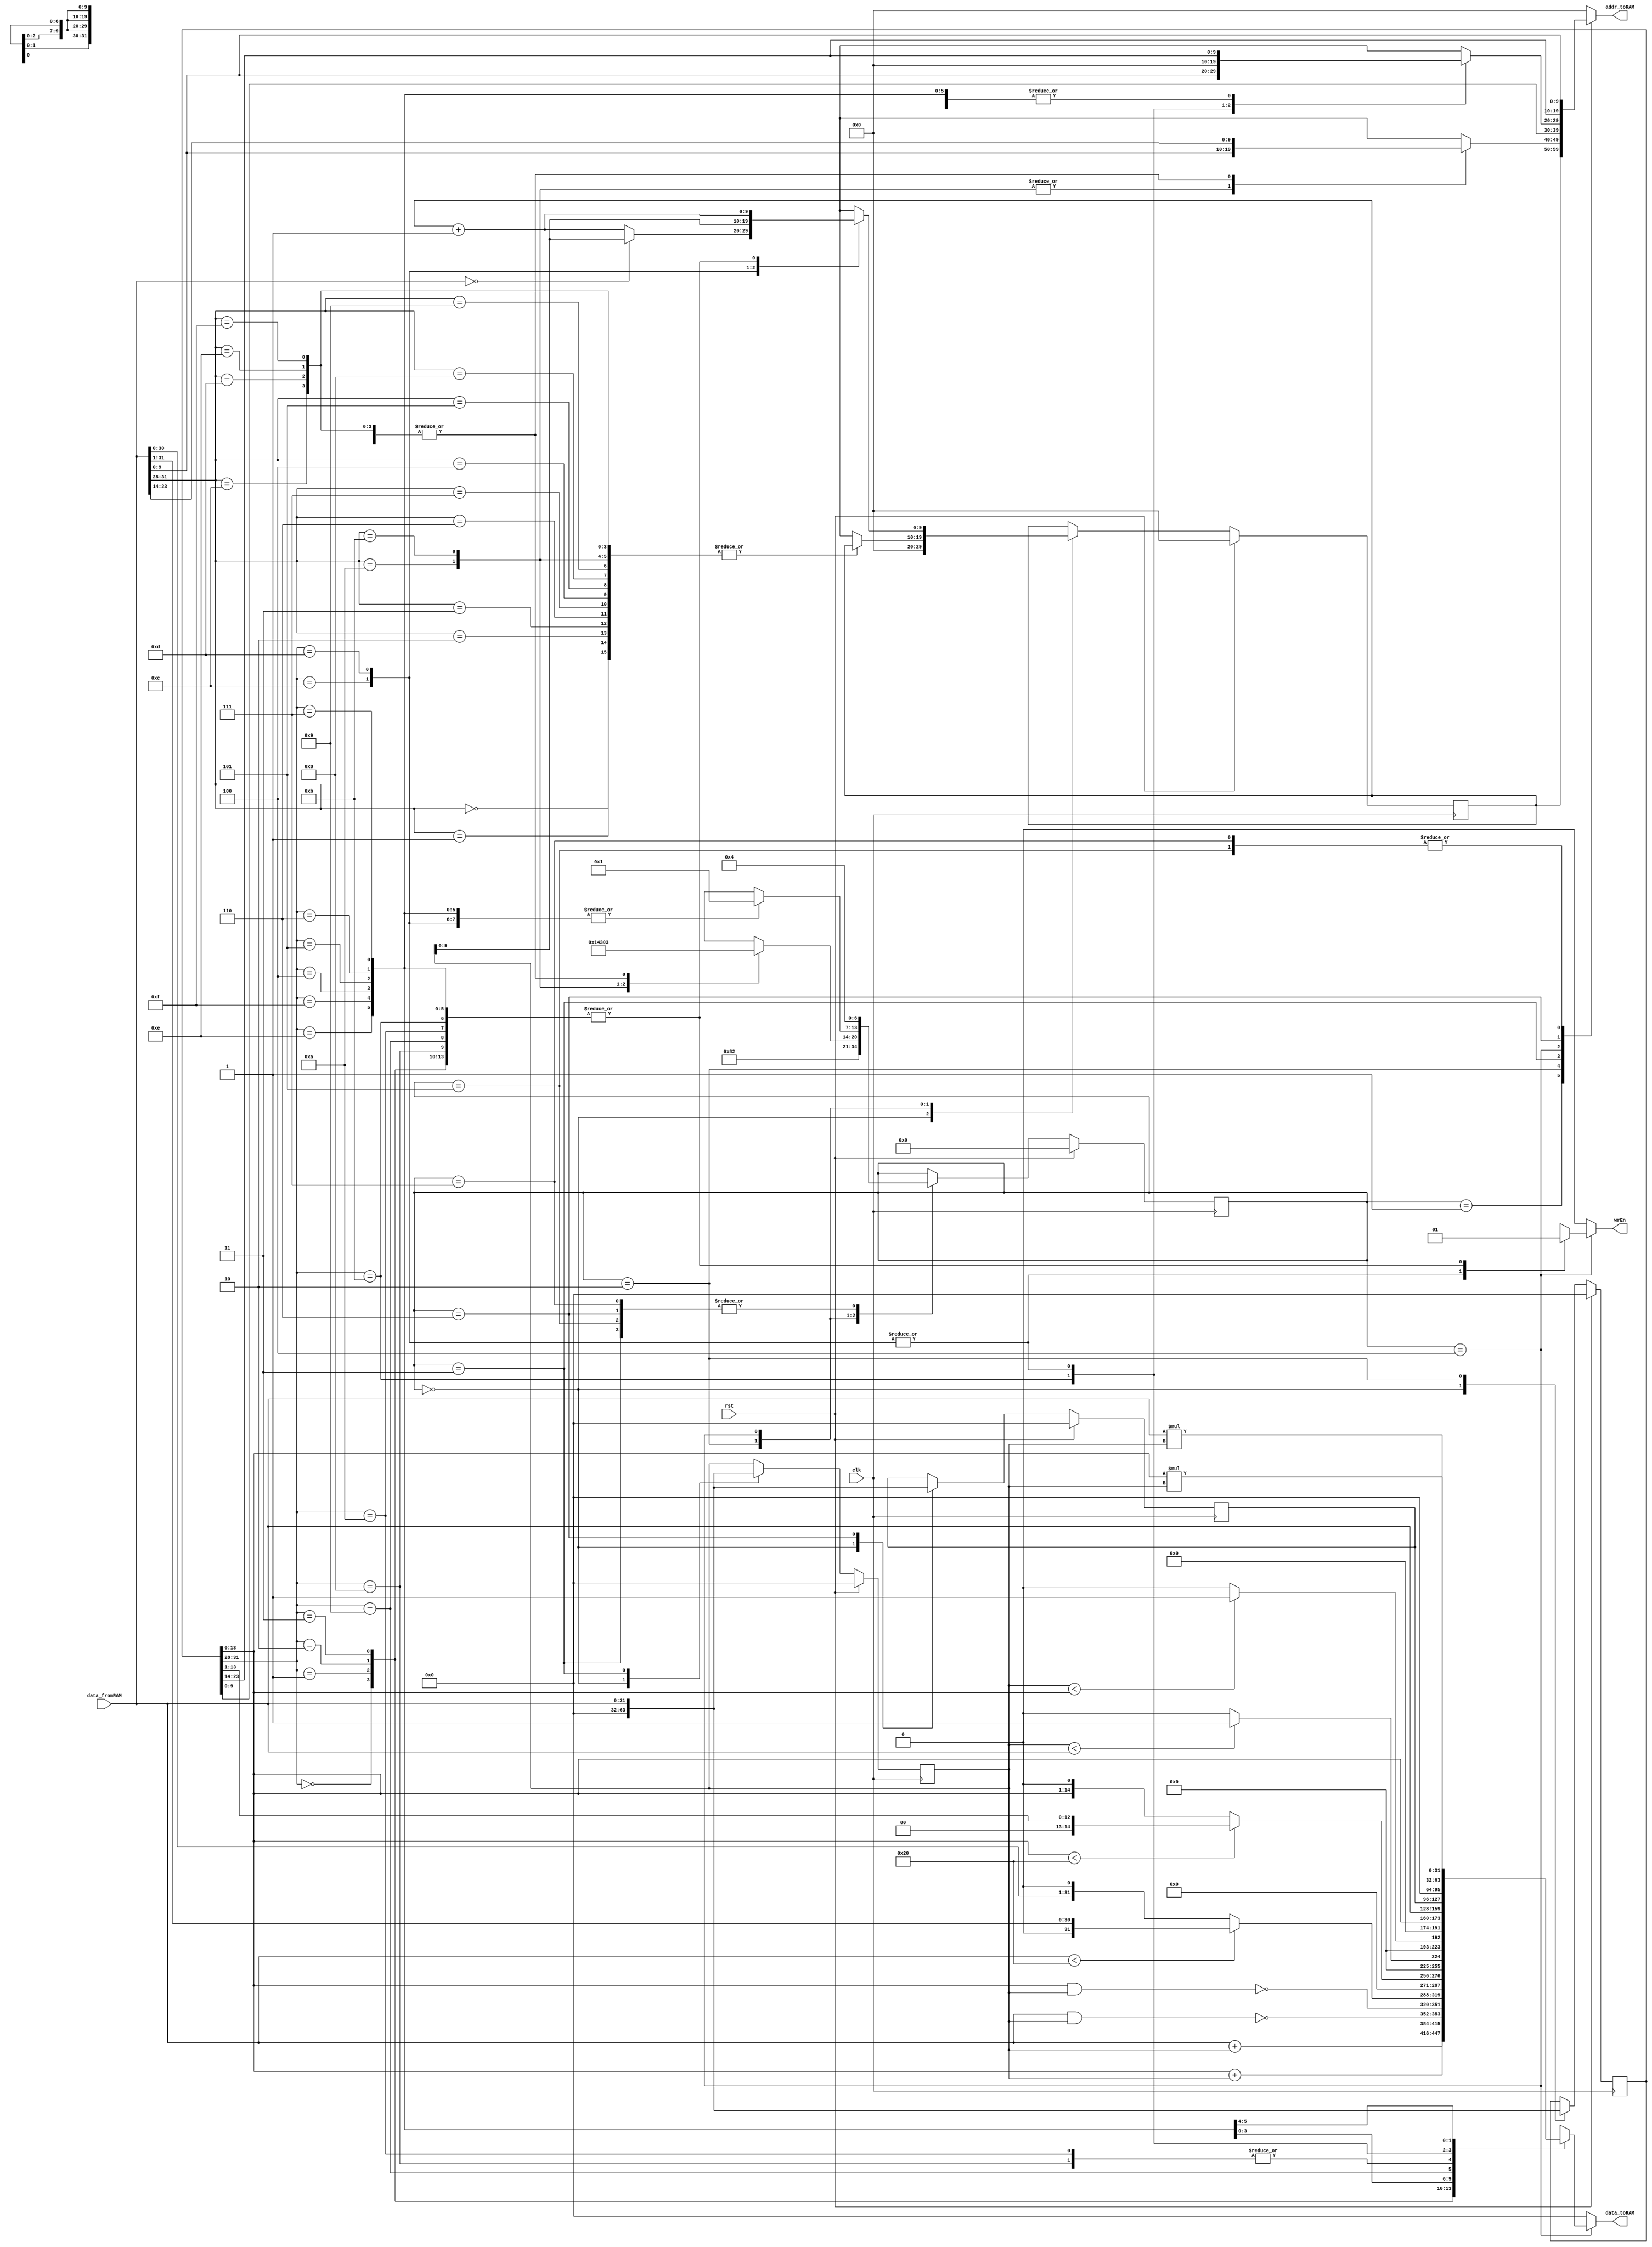

module SimpleCPU(clk, rst, data_fromRAM, wrEn, addr_toRAM, data_toRAM);

parameter SIZE = 10;

input clk, rst;
input wire [31:0] data_fromRAM;
output reg wrEn;
output reg [SIZE-1:0] addr_toRAM;
output reg [31:0] data_toRAM;

//////////////////////////
// write your design here
reg [6:0] state_current, state_next;
reg [SIZE-1:0] pc_current, pc_next; //program counter
reg [31:0] iw_current, iw_next; //instruction word
reg [31:0] r1_current, r1_next;
reg [31:0] r2_current, r2_next;

//controller state machine
always@(posedge clk) begin
	if(rst) begin
		state_current <= 0;
		pc_current <= 10'b0;
		iw_current <= 32'b0;
		r1_current <= 32'b0;
		r2_current <= 32'b0;
	end		
	else begin
		state_current <= state_next;
		pc_current <= pc_next;
		iw_current <= iw_next;
		r1_current <= r1_next;
		r2_current <= r2_next;
	end
end

always@(*) begin
	state_next						 = state_current;
	pc_next							 = pc_current;
	iw_next							 = iw_current;
	r1_next							 = r1_current;
	r2_next							 = r2_current;
	wrEn								 = 0;
	addr_toRAM						 = 0;
	data_toRAM						 = 0;
	case(state_current)
		0: begin
			pc_next					 = 0;
			iw_next					 = 0;
			r1_next					 = 0;
			r2_next					 = 0;
			state_next				 = 1;
		end
		1: begin //inst reading
			addr_toRAM				 = pc_current;
			state_next			 	 = 2;
		end
		2: begin //inst decoding and sending the addr of the first operand
			iw_next = data_fromRAM;
			case (data_fromRAM[31:28])
				{3'b000, 1'b0}: begin//ADD
					addr_toRAM		 = data_fromRAM[27:14];
					state_next		 = 3;
				end
				
				{3'b000, 1'b1}: begin//ADDi
					addr_toRAM		 = data_fromRAM[27:14];
					state_next		 = 3;
				end
				
				{3'b001, 1'b0}: begin//NAND
					addr_toRAM		 = data_fromRAM[27:14];
					state_next		 = 3;
				end
				
				{3'b001, 1'b1}: begin//NANDi
					addr_toRAM		 = data_fromRAM[27:14];
					state_next		 = 3;
				end
				
				{3'b011, 1'b0}: begin//LT
					addr_toRAM		 = data_fromRAM[27:14];
					state_next		 = 3;
				end
				
				
				{3'b011, 1'b1}: begin//LTi
					addr_toRAM		 = data_fromRAM[27:14];
					state_next		 = 3;
				end
	
				{3'b010, 1'b0}: begin//SRL
					addr_toRAM		 = data_fromRAM[27:14];
					state_next		 = 3;
				end
				{3'b010, 1'b1}: begin//SRLi
					addr_toRAM		 = data_fromRAM[27:14];
					state_next		 = 3;
				end
				{3'b100, 1'b0}: begin//CP
					addr_toRAM		 = data_fromRAM[27:14];
					state_next		 = 3;
				end
				{3'b100, 1'b1}: begin//CPi
					addr_toRAM		 = data_fromRAM[27:14];
					state_next		 = 3;
				end
////////////////////////////////////////////////////////////////////				
				{3'b101, 1'b0}: begin//CPI
					addr_toRAM		 = data_fromRAM[13:0];
					state_next		 = 5;
				end
				
				{3'b101, 1'b1}: begin//CPIi
					addr_toRAM		 = data_fromRAM[13:0];
					state_next		 = 6;
				end
////////////////////////////////////////////////////////////////////				
				
				{3'b110, 1'b0}: begin//BZJ
					addr_toRAM		 = data_fromRAM[27:14];
					state_next		 = 3;
				end	
				{3'b110, 1'b1}: begin//BZJi skips to state 4 no need to read b
					addr_toRAM		 = data_fromRAM[27:14];
					state_next		 = 3;
				end
				
				{3'b111, 1'b0}: begin//MUL
					addr_toRAM		 = data_fromRAM[27:14];
					state_next		 = 3;
				end
				{3'b111, 1'b1}: begin//MULi
					addr_toRAM		 = data_fromRAM[27:14];
					state_next		 = 3;
				end
				
								
				default: begin
					pc_next 			 = pc_current + 1'b1;
					state_next		 = 1;
				end
			endcase
		end
		3: begin //storing the first operand and reading the second operand
			addr_toRAM				 = iw_current[13:0];
			r1_next					 = data_fromRAM;
			state_next				 = 4;
		end

		4: begin //execution of the operation and storing its result
			case(iw_current[31:28])
				{3'b000, 1'b0}: begin//ADD
					wrEn				 = 1;
					data_toRAM		 = data_fromRAM + r1_current;
					addr_toRAM		 = iw_current[27:14];
					pc_next			 = pc_current + 1;
					state_next		 = 1; 
				end
				{3'b000, 1'b1}: begin//ADDi
					wrEn				 = 1;
					data_toRAM		 = iw_current[13:0] + r1_current;
					addr_toRAM		 = iw_current[27:14];
					pc_next			 = pc_current + 1;
					state_next		 = 1;
				end
				{3'b001, 1'b0}: begin//NAND
					wrEn				 = 1;
					data_toRAM		 = ~(data_fromRAM & r1_current);
					addr_toRAM		 = iw_current[27:14];
					pc_next			 = pc_current + 1;
					state_next		 = 1;
				end
				
				{3'b001, 1'b1}: begin//NANDi
					wrEn				 = 1;
					data_toRAM		 = ~(iw_current[13:0] & r1_current);
					addr_toRAM		 = iw_current[27:14];
					pc_next			 = pc_current + 1;
					state_next		 = 1;
				end
				
				{3'b010, 1'b0}: begin//SRL
					wrEn				 = 1;
					if( data_fromRAM < 32  )begin
						data_toRAM		 = data_fromRAM >> 1;
						addr_toRAM		 = iw_current[27:14];
						pc_next			 = pc_current + 1;
						state_next		 = 1;
					end
					else begin
						data_toRAM		 = data_fromRAM << 1;
						addr_toRAM		 = iw_current[27:14];
						pc_next			 = pc_current + 1;
						state_next		 = 1;
					end	
				end
				
				{3'b010, 1'b1}: begin//SRLi
					wrEn				 = 1;
					if( iw_current[13:0] < 32  )begin
						data_toRAM		 = iw_current[13:0] >> 1;
						addr_toRAM		 = iw_current[27:14];
						pc_next			 = pc_current + 1;
						state_next		 = 1;
					end
					else begin
						data_toRAM		 = iw_current[13:0] << 1;
						addr_toRAM		 = iw_current[27:14];
						pc_next			 = pc_current + 1;
						state_next		 = 1;
					end	
				end
				
				
				{3'b011, 1'b0}: begin//LT
					wrEn				 = 1;
					if( r1_current < data_fromRAM )begin
						data_toRAM		 = 1;
						addr_toRAM		 = iw_current[27:14];
						pc_next			 = pc_current + 1;
						state_next		 = 1;
					end
					else begin
						data_toRAM		 = 0;
						addr_toRAM		 = iw_current[27:14];
						pc_next			 = pc_current + 1;
						state_next		 = 1;
					end	
				end
				
				
				{3'b011, 1'b1}: begin//LTi
					wrEn				 = 1;
					if( r1_current < iw_current[13:0] )begin
						data_toRAM		 = 1;
						addr_toRAM		 = iw_current[27:14];
						pc_next			 = pc_current + 1;
						state_next		 = 1;
					end
					else begin
						data_toRAM		 = 0;
						addr_toRAM		 = iw_current[27:14];
						pc_next			 = pc_current + 1;
						state_next		 = 1;
					end	
				end
				
				
				{3'b100, 1'b0}: begin//CP
					wrEn				 = 1;
					data_toRAM		 = data_fromRAM;
					addr_toRAM		 = iw_current[27:14];
					pc_next			 = pc_current + 1;
					state_next		 = 1;
				end
				
				{3'b100, 1'b1}: begin//CPi
					wrEn				 = 1;
					data_toRAM		 = iw_current[13:0];
					addr_toRAM		 = iw_current[27:14];
					pc_next			 = pc_current + 1;
					state_next		 = 1;
				end
				
				{3'b101, 1'b0}: begin//CPI
					wrEn				 = 1;
					data_toRAM		 = data_fromRAM;
					addr_toRAM		 = iw_current[27:14];
					pc_next			 = pc_current + 1;
					state_next		 = 1;
				end
////////////////////////////////////////////////////////////////////				
				
				{3'b101, 1'b1}: begin//CPIi				
					wrEn				 = 1;
					data_toRAM		 = r2_current;
					addr_toRAM		 = data_fromRAM;
					pc_next			 = pc_current + 1;
					state_next		 = 1;
				end
////////////////////////////////////////////////////////////////////				
				
				
				{3'b110, 1'b0}: begin//BZJ
					//wrEn				 = 1;
					if	(	data_fromRAM == 0	)	begin
						pc_next = r1_current;
						state_next		 = 1;
					end
					else begin 
						pc_next			 = pc_current + 1;
						state_next		 = 1;				
					end
				end

				{3'b110, 1'b1}: begin//BZJi no need to b and implement state 3 so i can use A register directly
					//wrEn				 = 1;
					pc_next = r1_current;
					state_next		 = 1;

				end
				
				{3'b111, 1'b0}: begin//MUL
					wrEn				 = 1;
					data_toRAM		 = data_fromRAM * r1_current;
					addr_toRAM		 = iw_current[27:14];
					pc_next			 = pc_current + 1;
					state_next		 = 1;
				end
				
				{3'b111, 1'b1}: begin//MULi
					wrEn				 = 1;
					data_toRAM		 = iw_current[13:0] * r1_current;
					addr_toRAM		 = iw_current[27:14];
					pc_next			 = pc_current + 1;
					state_next		 = 1;
				end
				
				
				
				
			endcase//iw case	
		end//4.state

			5:begin//state for CPI
				addr_toRAM				 = data_fromRAM;
				state_next				 = 4;	
			end
////////////////////////////////////////////////////////////////////				
			
			6:begin//state for CPIi		

				addr_toRAM				 = iw_current[27:14];
				r2_next					 = data_fromRAM;
				state_next				 = 4;
			end
			
			7:begin//following state for CPIi 
				addr_toRAM				 = data_fromRAM;
				state_next				 = 4;
			
			end
////////////////////////////////////////////////////////////////////				
				
			
		
	endcase//stateCase
end//always
//////////////////////////

endmodule

module blram(clk, rst, i_we, i_addr, i_ram_data_in, o_ram_data_out);

parameter SIZE = 10, DEPTH = 1024;

input clk;
input rst;
input i_we;
input [SIZE-1:0] i_addr;
input [31:0] i_ram_data_in;
output reg [31:0] o_ram_data_out;

reg [31:0] memory[0:DEPTH-1];

always @(posedge clk) begin
  o_ram_data_out <= #1 memory[i_addr[SIZE-1:0]];
  if (i_we)
		memory[i_addr[SIZE-1:0]] <= #1 i_ram_data_in;
end 

initial begin
//////////////////////////
// write BRAM content here
//memory[0] = 32'hc8033;
//memory[50] = 32'h5;
//memory[51] = 32'h3;
memory[0] = 32'h20114045;
memory[1] = 32'h10114001;
memory[2] = 32'hb0118064;
memory[3] = 32'h190045;
memory[4] = 32'h8011c064;
memory[5] = 32'h7011c001;
memory[6] = 32'h10118001;
memory[7] = 32'hc0120047;
memory[8] = 32'h118045;
memory[9] = 32'ha0128046;
memory[10] = 32'h8012c046;
memory[11] = 32'h12c045;
memory[12] = 32'ha013004b;
memory[13] = 32'he013004a;
memory[14] = 32'h8012804c;
memory[15] = 32'h8013404b;
memory[16] = 32'h701343e9;
memory[17] = 32'hc012404d;
memory[18] = 32'h8019404c;
memory[19] = 32'hd0050013;
memory[20] = 32'h0;
memory[69] = 32'h1;
memory[70] = 32'h3e8;
memory[72] = 32'h2;
memory[73] = 32'hb;
memory[100] = 32'h6;
memory[101] = 32'h0;
memory[999] = 32'h1;
//////////////////////////
end

endmodule